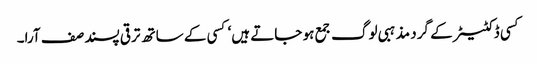
کسی ڈکٹیٹر کے گرد مذہبی لوگ جمع ہو جاتے ہیں‘ کسی کے ساتھ ترقی پسند صف آرا۔